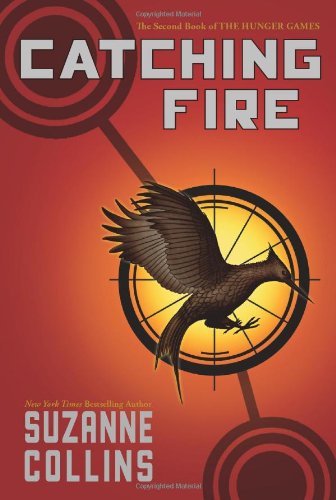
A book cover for Catching Fire (The Second Book of the Hunger Games); Suzanne Collins; Teen & Young Adult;